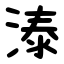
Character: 溙